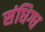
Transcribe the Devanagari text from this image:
संधिग्ध